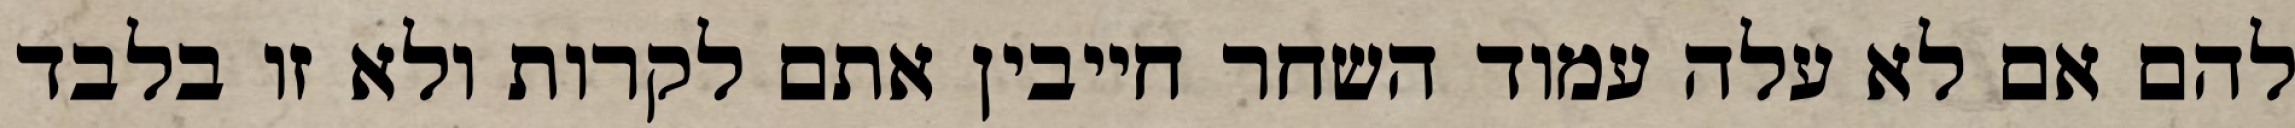
להם אם לא עלה עמוד השחר חייבין אתם לקרות ולא זו בלבד